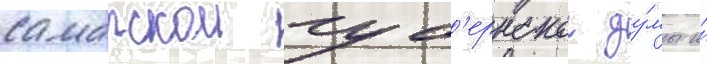
самарскои губ'ернскои ду́мы и́